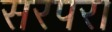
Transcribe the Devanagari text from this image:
सरपरा